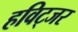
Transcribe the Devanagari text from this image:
हविट्जर